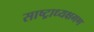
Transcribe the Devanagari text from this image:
साष्ट्राध्यक्षगण